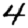
Digit: 4